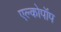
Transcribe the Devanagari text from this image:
एल्कोपॉप